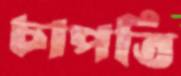
চাপতি